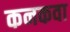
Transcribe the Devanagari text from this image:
कनकवा